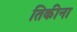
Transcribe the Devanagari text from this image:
तिकीना